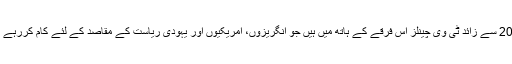
آج 20 سے زائد ٹی وی چینلز اس فرقے کے ہاتھ میں ہیں جو انگریزوں، امریکیوں اور یہودی ریاست کے مقاصد کے لئے کام کررہے ہیں۔